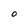
Character: O